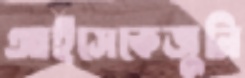
আইসেকেজুনি